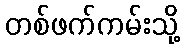
တစ်ဖက်ကမ်းသို့